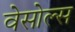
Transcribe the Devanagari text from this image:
वेसोल्स